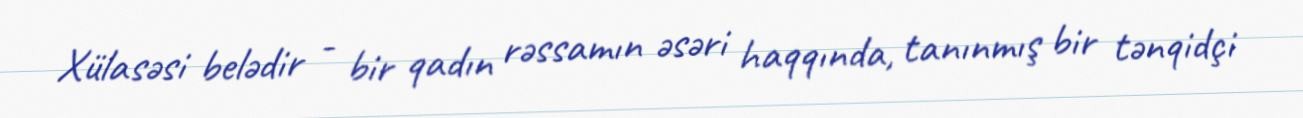
Xülasəsi belədir - bir qadın rəssamın əsəri haqqında, tanınmış bir tənqidçi